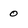
Character: 0